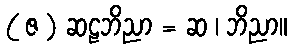
( ဇ ) ဆဠဘိညာ = ဆ ၊ ဘိညာ။